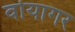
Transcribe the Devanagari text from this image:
वोयागर